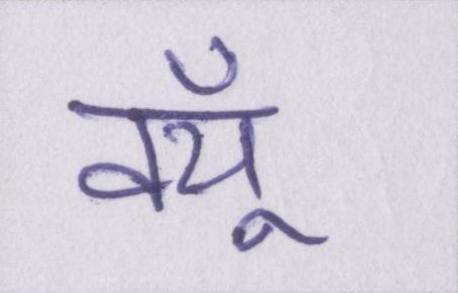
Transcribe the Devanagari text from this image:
क्यूँ